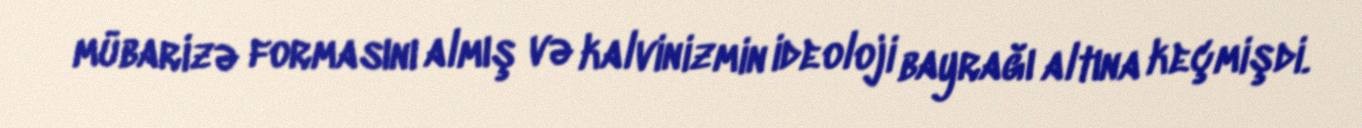
mübarizə formasını almış və kalvinizmin ideoloji bayrağı altına keçmişdi.